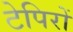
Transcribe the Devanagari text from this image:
टेपिरों